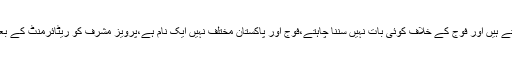
سینیٹر سراج الحق نے کہاکہ پاکستان کے عوام فوج کے ساتھ بے پناہ محبت اور عقیدت رکھتے ہیں اور فوج کے خلاف کوئی بات نہیں سننا چاہتے،فوج اور پاکستان مختلف نہیں ایک نام ہے،پرویز مشرف کو ریٹائرمنٹ کے بعد عوام فوج کا حصہ نہیں سمجھتے،ریٹائرمنٹ کے بعد وہ اپنے اعمال کے خود ذمہ دار ہیں ۔